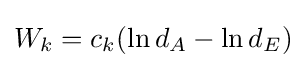
W_{k}=c_{k}(\ln d_{A}-\ln d_{E})